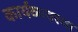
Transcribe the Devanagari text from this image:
कार्यव्यवस्था